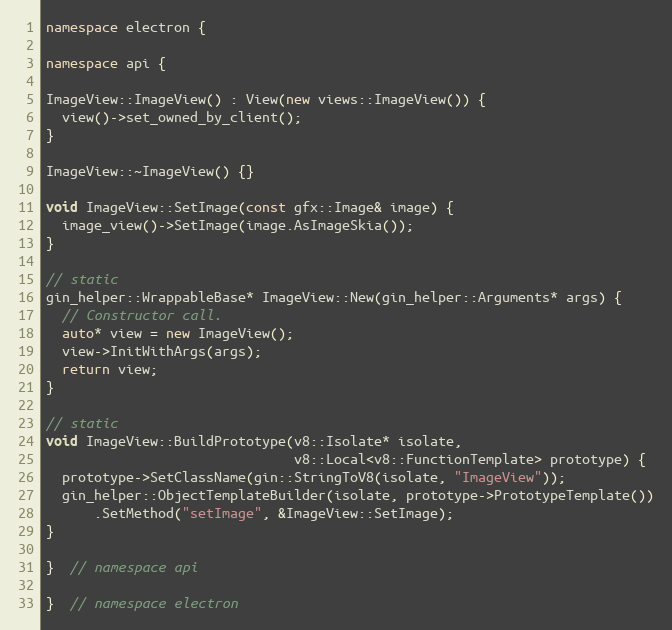
Language: C++
namespace electron {

namespace api {

ImageView::ImageView() : View(new views::ImageView()) {
  view()->set_owned_by_client();
}

ImageView::~ImageView() {}

void ImageView::SetImage(const gfx::Image& image) {
  image_view()->SetImage(image.AsImageSkia());
}

// static
gin_helper::WrappableBase* ImageView::New(gin_helper::Arguments* args) {
  // Constructor call.
  auto* view = new ImageView();
  view->InitWithArgs(args);
  return view;
}

// static
void ImageView::BuildPrototype(v8::Isolate* isolate,
                               v8::Local<v8::FunctionTemplate> prototype) {
  prototype->SetClassName(gin::StringToV8(isolate, "ImageView"));
  gin_helper::ObjectTemplateBuilder(isolate, prototype->PrototypeTemplate())
      .SetMethod("setImage", &ImageView::SetImage);
}

}  // namespace api

}  // namespace electron